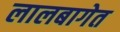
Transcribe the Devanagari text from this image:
लालबागेत